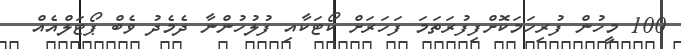
100 މީހުން ފުރިހަމަކޮށްފިފުރަތަމަ ފަހަރަށް ކޯޓަކާއި ފުލުހުންނާ ދެމެދު ވެބް ޕޯޓަލްއެއް